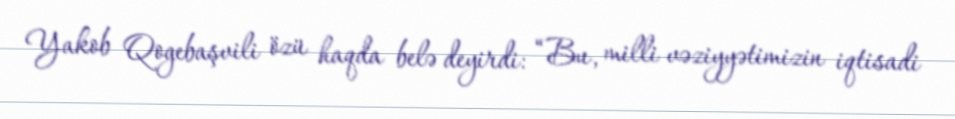
Yakob Qogebaşvili özü haqda belə deyirdi: “Bu, milli vəziyyətimizin iqtisadi